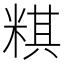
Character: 粸